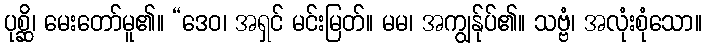
ပုစ္ဆိ၊ မေးတော်မူ၏။ “ဒေဝ၊ အရှင် မင်းမြတ်။ မမ၊ အကျွန်ုပ်၏။ သဗ္ဗံ၊ အလုံးစုံသော။